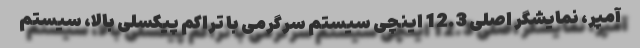
آمپر، نمایشگر اصلی 12.3 اینچی سیستم سرگرمی با تراکم پیکسلی بالا، سیستم